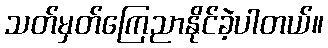
သတ်မှတ်ကြေညာနိုင်ခဲ့ပါတယ်။